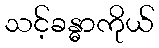
သင့်ခန္ဓာကိုယ်